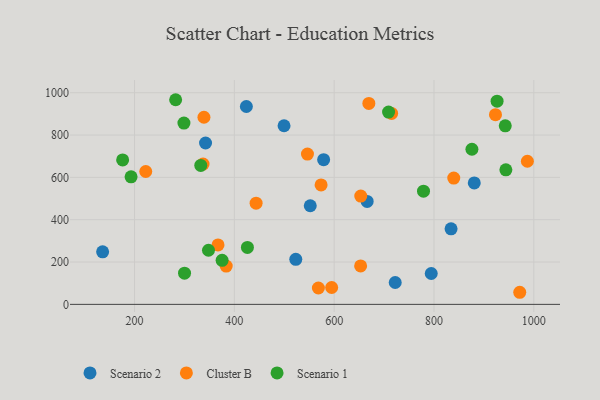
{"axis": {"x": "Price", "y": "Rating"}, "legend": ["Cluster B", "Scenario 1", "Scenario 2"], "data": [{"x": "424.1", "y": 934.8, "type": "Scenario 2"}, {"x": "499.6", "y": 843.9, "type": "Scenario 2"}, {"x": "666.1", "y": 486.2, "type": "Scenario 2"}, {"x": "834.2", "y": 357.1, "type": "Scenario 2"}, {"x": "136.1", "y": 248.2, "type": "Scenario 2"}, {"x": "794.5", "y": 145.8, "type": "Scenario 2"}, {"x": "342.3", "y": 762.4, "type": "Scenario 2"}, {"x": "523.1", "y": 213.0, "type": "Scenario 2"}, {"x": "552.1", "y": 466.0, "type": "Scenario 2"}, {"x": "578.9", "y": 683.7, "type": "Scenario 2"}, {"x": "722.3", "y": 103.2, "type": "Scenario 2"}, {"x": "880.7", "y": 573.8, "type": "Scenario 2"}, {"x": "987.1", "y": 676.3, "type": "Cluster B"}, {"x": "971.8", "y": 57.1, "type": "Cluster B"}, {"x": "383.7", "y": 181.0, "type": "Cluster B"}, {"x": "595.0", "y": 79.6, "type": "Cluster B"}, {"x": "222.5", "y": 627.8, "type": "Cluster B"}, {"x": "443.6", "y": 478.2, "type": "Cluster B"}, {"x": "923.2", "y": 896.3, "type": "Cluster B"}, {"x": "653.3", "y": 511.6, "type": "Cluster B"}, {"x": "546.5", "y": 710.3, "type": "Cluster B"}, {"x": "715.1", "y": 902.2, "type": "Cluster B"}, {"x": "337.3", "y": 662.8, "type": "Cluster B"}, {"x": "839.6", "y": 596.8, "type": "Cluster B"}, {"x": "573.8", "y": 564.5, "type": "Cluster B"}, {"x": "653.0", "y": 181.8, "type": "Cluster B"}, {"x": "669.5", "y": 949.6, "type": "Cluster B"}, {"x": "339.1", "y": 884.2, "type": "Cluster B"}, {"x": "367.3", "y": 280.7, "type": "Cluster B"}, {"x": "568.4", "y": 77.4, "type": "Cluster B"}, {"x": "709.0", "y": 908.7, "type": "Scenario 1"}, {"x": "375.5", "y": 208.2, "type": "Scenario 1"}, {"x": "944.0", "y": 635.8, "type": "Scenario 1"}, {"x": "876.0", "y": 732.8, "type": "Scenario 1"}, {"x": "332.7", "y": 656.3, "type": "Scenario 1"}, {"x": "282.4", "y": 966.9, "type": "Scenario 1"}, {"x": "426.2", "y": 269.2, "type": "Scenario 1"}, {"x": "942.8", "y": 843.5, "type": "Scenario 1"}, {"x": "348.2", "y": 255.6, "type": "Scenario 1"}, {"x": "193.1", "y": 602.7, "type": "Scenario 1"}, {"x": "300.2", "y": 147.2, "type": "Scenario 1"}, {"x": "176.2", "y": 682.4, "type": "Scenario 1"}, {"x": "779.0", "y": 534.7, "type": "Scenario 1"}, {"x": "299.0", "y": 856.8, "type": "Scenario 1"}, {"x": "926.4", "y": 960.1, "type": "Scenario 1"}]}